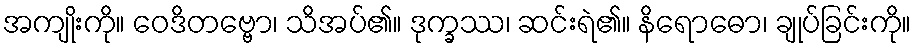
အကျိုးကို။ ဝေဒိတဗ္ဗော၊ သိအပ်၏။ ဒုက္ခဿ၊ ဆင်းရဲ၏။ နိရောဓော၊ ချုပ်ခြင်းကို။